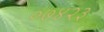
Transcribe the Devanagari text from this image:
०७४२३